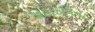
મહાકવિના